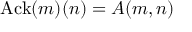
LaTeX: \mathrm { A c k } ( m ) ( n ) = A ( m , n )